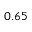
0 . 6 5